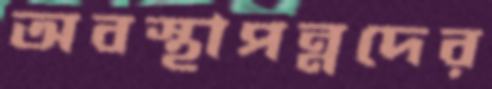
অবস্থাপন্নদের